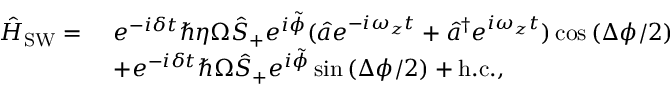
\begin{array} { r l } { \hat { H } _ { \mathrm { S W } } = \ } & { e ^ { - i \delta t } \hbar \eta \Omega \hat { S } _ { + } e ^ { i \tilde { \phi } } ( \hat { a } e ^ { - i \omega _ { z } t } + \hat { a } ^ { \dagger } e ^ { i \omega _ { z } t } ) \cos \left( \Delta \phi / 2 \right) } \\ & { + e ^ { - i \delta t } \hbar \Omega \hat { S } _ { + } e ^ { i \tilde { \phi } } \sin \left( \Delta \phi / 2 \right) + \mathrm { h . c . } , } \end{array}